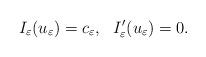
LaTeX: \begin{align*}I_\varepsilon(u_\varepsilon)=c_\varepsilon,\ \ I'_\varepsilon(u_\varepsilon)=0.\end{align*}